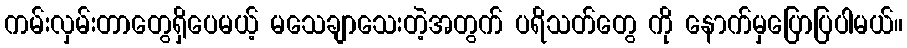
ကမ်းလှမ်းတာတွေရှိပေမယ့် မသေချာသေးတဲ့အတွက် ပရိသတ်တွေ ကို နောက်မှပြောပြပါမယ်။